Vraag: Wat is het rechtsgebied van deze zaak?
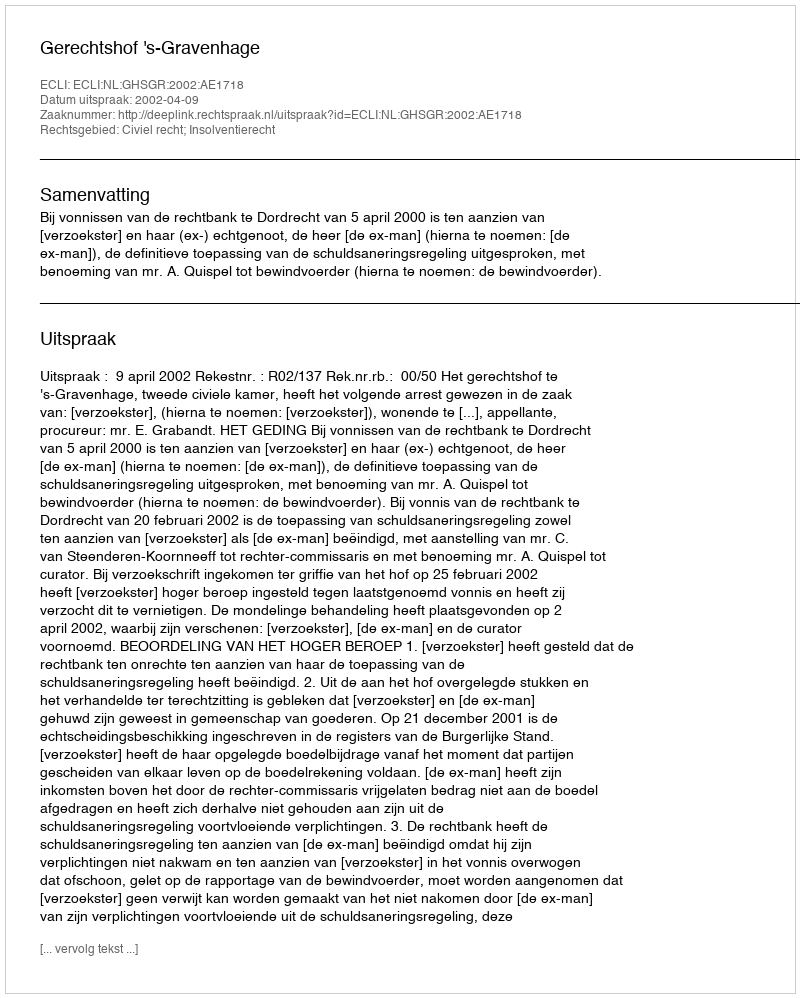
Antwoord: Civiel recht; Insolventierecht